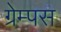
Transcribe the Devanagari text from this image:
ग्रेम्पस